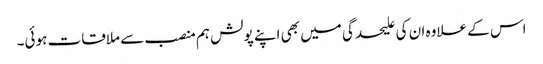
اس کے علاوہ ان کی علیحدگی میں بھی اپنے پولش ہم منصب سے ملاقات ہوئی۔